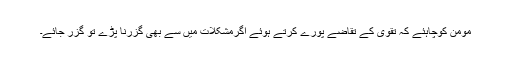
مومن کوچاہئے کہ تقویٰ کے تقاضے پورے کرتے ہوئے اگرمشکلات میں سے بھی گزرنا پڑے تو گزر جائے۔